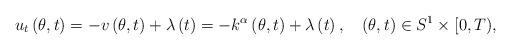
LaTeX: \begin{align*}u_{t}\left( \theta,t\right) =-v\left( \theta,t\right) +\lambda\left(t\right) =-k^{\alpha}\left( \theta,t\right) +\lambda\left( t\right),\ \ \ \left( \theta,t\right) \in S^{1}\times\lbrack0,T), \end{align*}